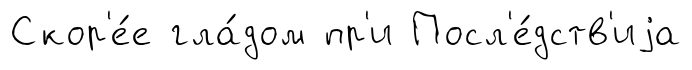
Скор'е́е гла́дом пр'и Посл'е́дств'иjа